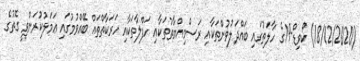
(18/12/2020) ކޯވިޑް-19ގެ ހާލަތުގައި ބައްދަލުވުންތަކާއި ރަސްމިއްޔާތުތަކާއި ހަފްލާތަކާއި ހަރަކާތްތައް ބޭއްވުމުގައި ޢަމަލުކުރަންވީ ގޮތުގެ